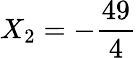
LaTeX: X_{2}=-\frac{49}{4}